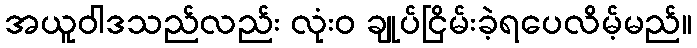
အယူဝါဒသည်လည်း လုံးဝ ချုပ်ငြိမ်းခဲ့ရပေလိမ့်မည်။